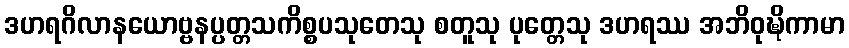
ဒဟရဂိလာနယောဗ္ဗနပ္ပတ္တသကိစ္စပသုတေသု စတူသု ပုတ္တေသု ဒဟရဿ အဘိဝုဍ္ဎိကာမာ